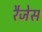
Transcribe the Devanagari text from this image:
रैजेस